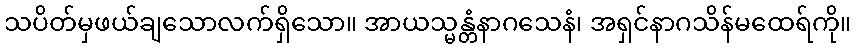
သပိတ်မှဖယ်ချသောလက်ရှိသော။ အာယသ္မန္တံနာဂသေနံ၊ အရှင်နာဂသိန်မထေရ်ကို။